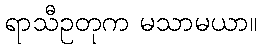
ရာသီဥတုက မသာမယာ။